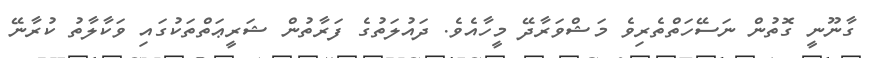
ގާނޫނީ ގޮތުން ނަސޭހަތްތެރިވެ މަޝްވަރާދޭ މީހާއެވެ. ދައުލަތުގެ ފަރާތުން ޝަރީޢަތްތަކުގައި ވަކާލާތު ކުރާނޭ